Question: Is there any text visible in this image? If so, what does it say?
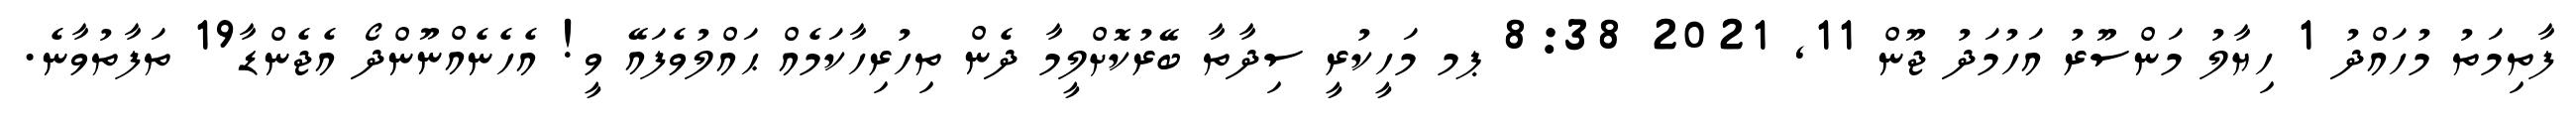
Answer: ފާތިމަތު މުހައްދު 1 ހިޔާލު މަންސޫރު އަހުމަދު ޖޫން 11, 2021 8:38 ޕމ މަހީކުރީ ސިދާތާ ބޭރުކޮށްލީމާ ދެން ތިހުރިހާކަމެއް ޙައްލުވެފައޭ ވީ! އެހެނެއްނޫންދޯ އެޖެންޑާ19 ތަފާތުވާނެ.